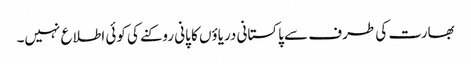
بھارت کی طرف سے پاکستانی دریاؤں کا پانی روکنے کی کوئی اطلاع نہیں۔